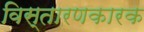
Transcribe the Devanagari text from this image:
विस्तारणकारक